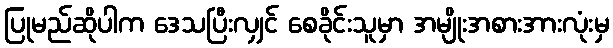
ပြုမည်ဆိုပါက ဒေသပြီးလျှင် စေခိုင်းသူမှာ အမျိုးအစားအားလုံးမှ